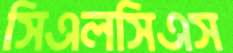
সিএলসিএস